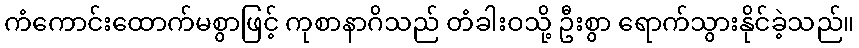
ကံကောင်းထောက်မစွာဖြင့် ကုစာနာဂိသည် တံခါးဝသို့ ဦးစွာ ရောက်သွားနိုင်ခဲ့သည်။